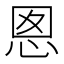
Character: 𭜪